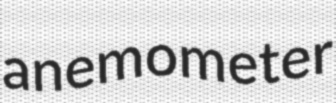
anemometer